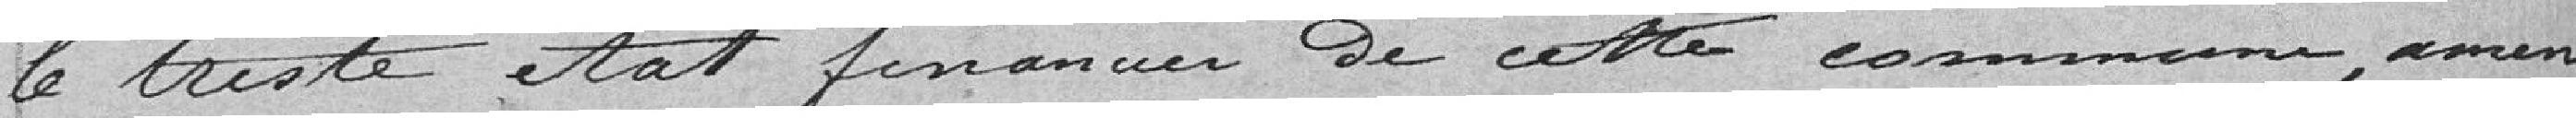
le triste état financier de cette commune , menée